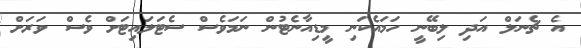
އެ ޗެނަލް އަދި ލިބޭނީ ހަމައެކަނި މީޑިއާނެޓުން ނަމަވެސް ސެޓަލައިޓަށް ވެސް ވަރަށް